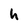
Character: h